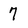
Character: 7